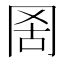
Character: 𦊖